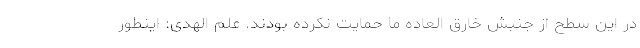
در این سطح از جنبش خارق العاده ما حمایت نکرده بودند. علم الهدی: اینطور